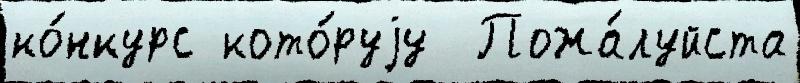
ко́нкурс кото́руjу  Пожа́луйста